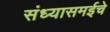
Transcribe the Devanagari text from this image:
संध्यासमईचे